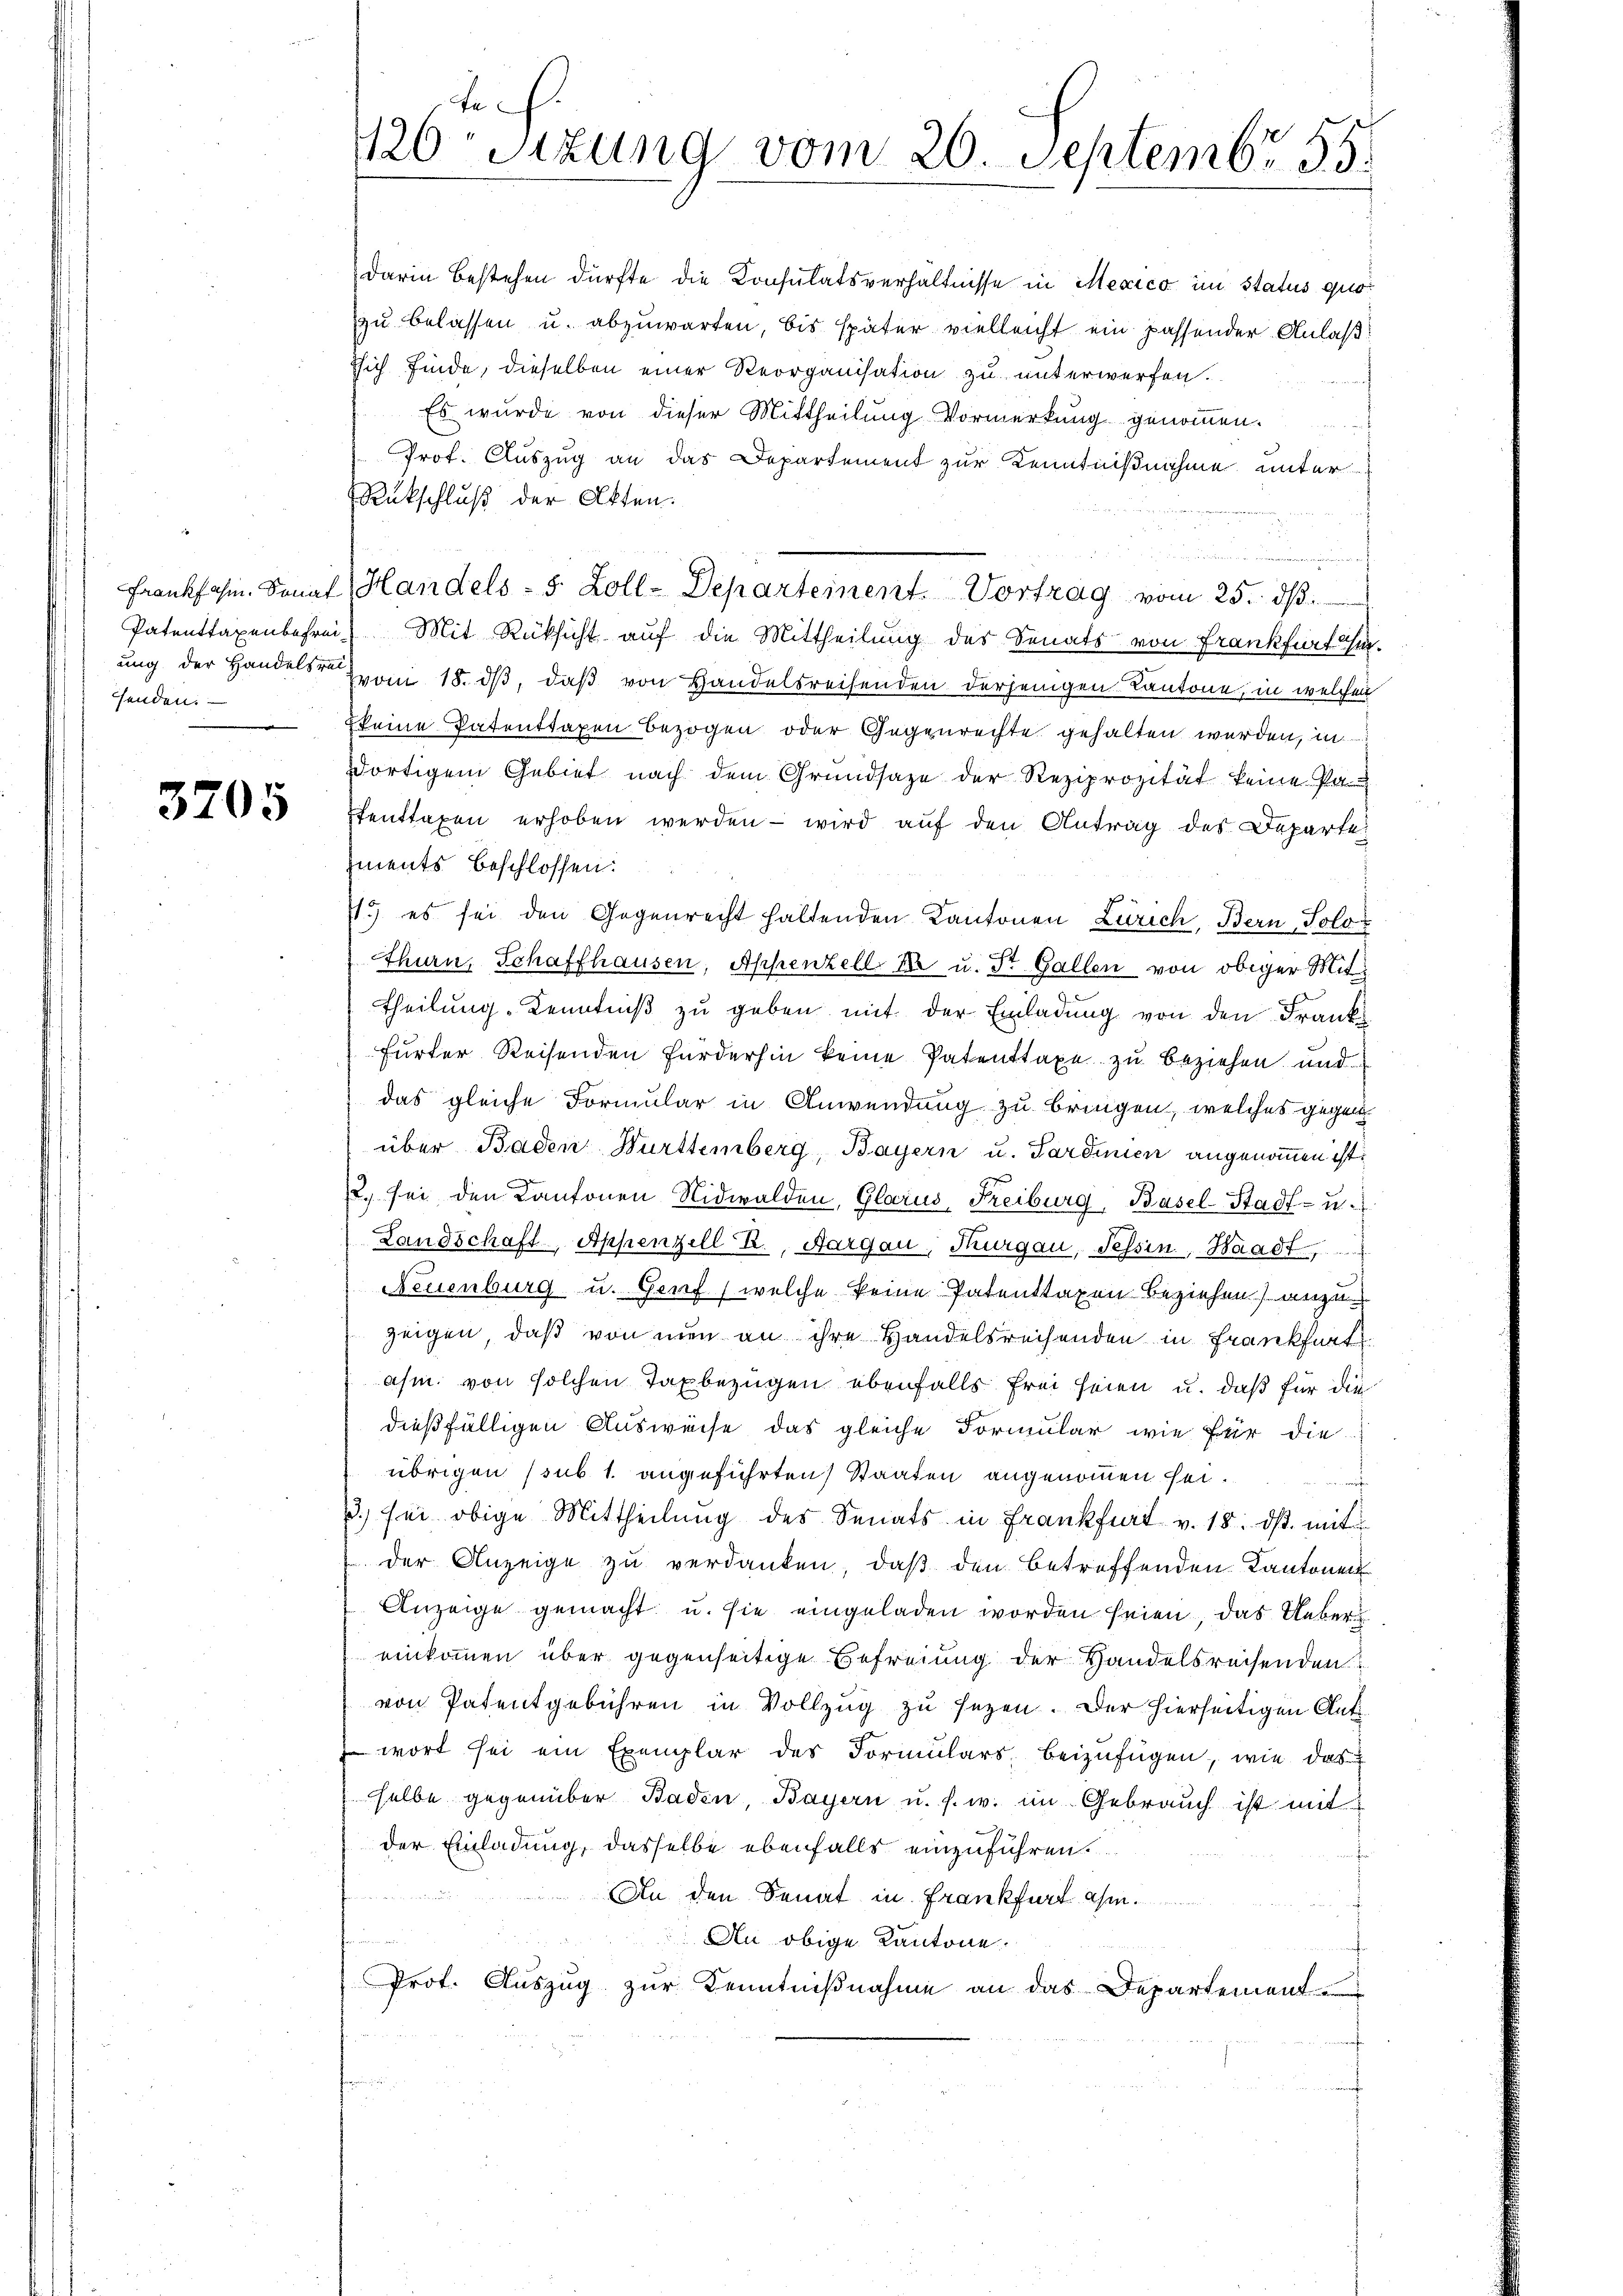
senden.

3705

darin bestehen dürfte die Konsulatsverhältnisse in Mexico im Status quozu belassen u. abzuwarten, bis später vielleicht ein passender Anlaß
ssich finde, dieselben einer Reorganisation zu unterwerfen.
Es wurde von dieser Mittheilung Vormerkung genommen.
Prof. Auszug an das Departement zur Kenntnißnahme unter
Rückschluß der Akten.
Frankfahm. Sonnt Handels - 5 Zoll-Departement. Vortrag vom 25. dβ.
Patenttaxenbefrei Mit Rüksicht auf die Mittheilung des Senats von Frankfürfasse
ung der Handels von 18. dβ, daß von Handelsreisenden derjenigen Kantone, in welchen
keine Patenttaxen bezogen oder Gegenrechte gehalten werden, in
dortigem Gebiet nach dem Grŭndsaze der Reziprozität keine Pa¬
Ienttaxen erhoben werden – wird auf den Antrag des Departe
iments beschlossen:
115) es sei den Gegenrecht haltenden Kantonen Zürich, Bern, Solot
thurn, Schaffhausen, Appenzell Se u. Dr. Gallen von obiger Mittheilung Kenntniß zu geben mit der Einladung von den Frank
furter Reisenden fürderhin keine Patenttaxe zu beziehen und
das gleiche Formular in Anwendung zu bringen, welches gegen
über Baden Württemberg, Bayern u. Sardinien angenommen ist.
2., sei den Kantonen Nidwalden, Glarus, Freiburg, Basel-Stadt- u.
Landschaft, Appenzell R., Aargau, Thurgau, Tessin, Waadt,
Neuenburg u. Genf (welche keine Patenttaxen beziehen anzuzeigen, daß von nun an ihre Handelsreisenden in Frankfurt
ahm. von solchen Taxbezügen ebenfalls frei seien u. daß für die
dießfälligen Ausweise das gleiche Formular wie für die
übrigen (sub 1. angeführten Staaten angenommen sei.
rrirte
3.) sei obige Mittheilung des Senats in Frankfurt v. 18. ds. mit
der Anzeige zu verdanken, daß den betreffenden Kantonen
Anzeige gemacht u. sie eingeladen worden seien, das Uebereinkommen über gegenseitige Befreiung der Handelsreisenden
von Patentgebühren in Vollzug zu sezen. Der hierseitigen Ant
wort sei ein Exemplar des Formŭlars, beizufügen, wie das
selbe gegenüber Baden, Bayern u. s. w. im Gebrauch ist mit
der Einladung, dasselbe ebenfalls einzuführen.
An den Senat in Frankfurt am
e
An obige Kantone.
Prot. Auszug zur Kenntniβnahme an das Departement

Juch.
126sizung vom 20. Septembr. 155.